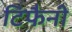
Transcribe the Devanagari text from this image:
टिफैनी